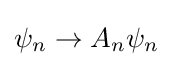
\psi _{n}\rightarrow A_{n}\psi _{n}